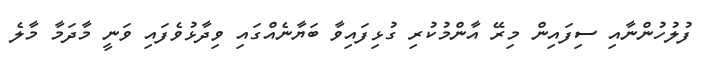
ފުލުހުންނާއި ސިފައިން މިރޭ އާންމުކުރި ގުޅިފައިވާ ބަޔާނެއްގައި ވިދާޅުވެފައި ވަނީ މާދަމާ މާލެ